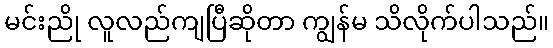
မင်းညို လူလည်ကျပြီဆိုတာ ကျွန်မ သိလိုက်ပါသည်။